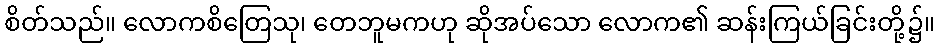
စိတ်သည်။ လောကစိတြေသု၊ တေဘူမကဟု ဆိုအပ်သော လောက၏ ဆန်းကြယ်ခြင်းတို့၌။